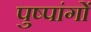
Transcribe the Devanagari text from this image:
पुष्पांगों